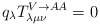
\begin{align*}q_\lambda T^{V\rightarrow AA}_{\lambda \mu \nu} =0\end{align*}